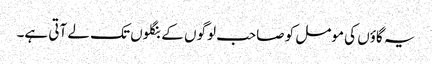
یہ گاؤں کی مومل کو صاحب لوگوں کے بنگلوں تک لے آتی ہے۔